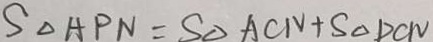
S _ { \Delta A P N } = S _ { \Delta A C N } + S _ { \Delta D C N }